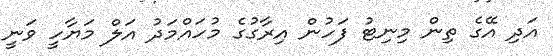
އަދި އޭގެ ތިން މިނިޓު ފަހުން އިރާގުގެ މުހައްމަދު އަލް މަޔާހީ ވަނީ